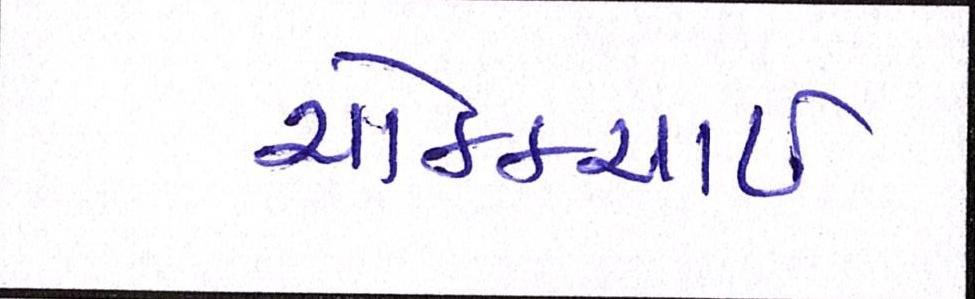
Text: ચોક્કચાઇ